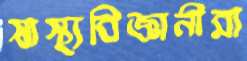
স্বাস্থ্যবিজ্ঞানীরা